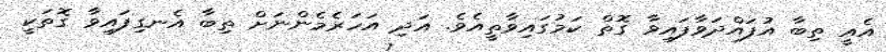
އެއީ ތިބާ އުފައްދަވާފައިވާ ގޮތް ކަމުގައިވާތީއެވެ. އަދި އަހަރެމެންނަށް ތިބާ އެނގިފައިވާ ގޮތަކީ